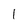
Character: l